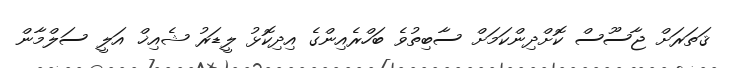
ޤަތަރަށް ޖާސޫސް ކޮށްދިންކަމަށް ސާބިތުވެ ބަހްރެއިންގެ އިދިކޮޅު ލީޑަރު ޝެއިޚް އަލީ ސަލްމާން